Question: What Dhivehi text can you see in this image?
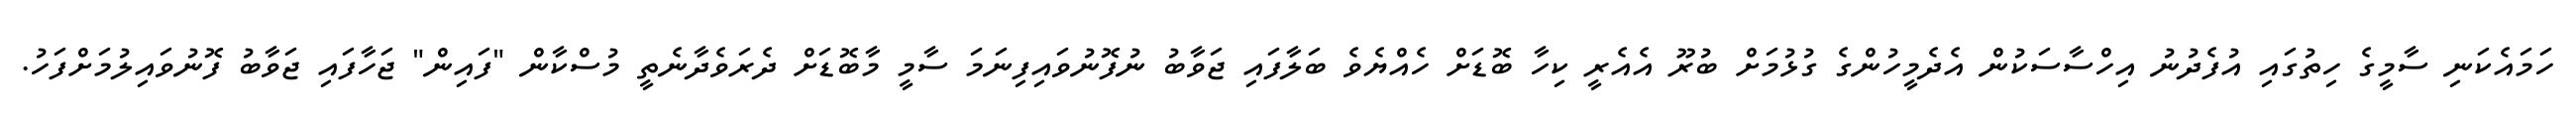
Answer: ހަމައެކަނި ސާމީގެ ހިތުގައި އުފެދުނު އިހްސާސަކުން އެދެމީހުންގެ ގުޅުމަށް ބުރޫ އެއެރީ ކިހާ ބޮޑަށް ހެއްޔެވެ ބަލާފައި ޖަވާބު ނުފޮނުވައިފިނަމަ ސާމީ މާބޮޑަށް ދެރަވެދާނެތީ މުސްކާން "ފައިން" ޖަހާފައި ޖަވާބު ފޮނުވައިލުމަށްފަހު.